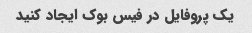
یک پروفایل در فیس بوک ایجاد کنید